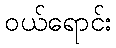
ဝယ်ရောင်း